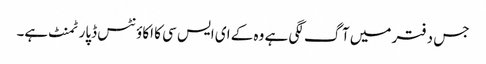
جس دفتر میں آگ لگی ہے وہ کے ای ایس سی کا اکاوٴنٹس ڈپارٹمنٹ ہے۔